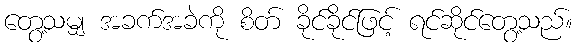
တွေ့သမျှ အခက်အခဲကို စိတ် ခိုင်ခိုင်ဖြင့် ရင်ဆိုင်တွေ့သည်။